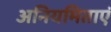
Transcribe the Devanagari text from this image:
अनियमिताएं